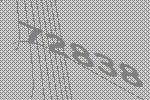
72838